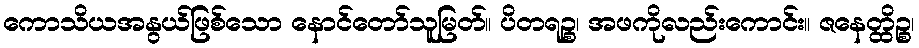
ကောသိယအနွယ်ဖြစ်သော နောင်တော်သူမြတ်။ ပိတရဉ္စ၊ အဖကိုလည်းကောင်း။ ဇနေတ္ထိဉ္စ၊